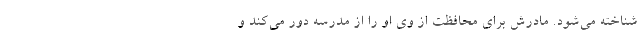
شناخته می‌شود. مادرش برای محافظت از وی او را از مدرسه دور می‌کند و